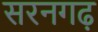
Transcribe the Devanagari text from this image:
सरनगढ़